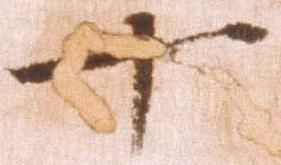
十